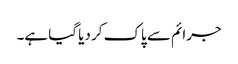
جرائم سے پاک کر دیا گیا ہے۔